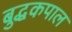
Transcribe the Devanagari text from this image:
बुद्धकपाल